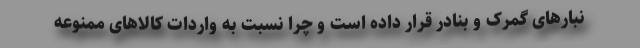
نبارهای گمرک و بنادر قرار داده است و چرا نسبت به واردات کالاهای ممنوعه